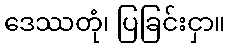
ဒေဿတုံ၊ ပြခြင်းငှာ။